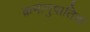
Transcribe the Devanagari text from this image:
क्रमानुपातिक